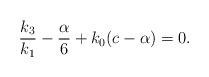
LaTeX: \begin{align*} \frac{k_{3}}{k_{1}}-\frac{\alpha}{6} + k_{0}(c-\alpha) = 0.\end{align*}